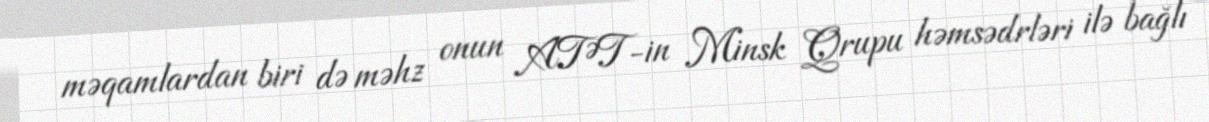
məqamlardan biri də məhz onun ATƏT-in Minsk Qrupu həmsədrləri ilə bağlı